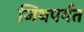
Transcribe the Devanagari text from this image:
जिथपर्यंत